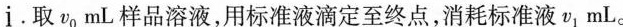
i。取v0mL样品溶液，用标准液滴定至终点，消耗标准液v1mL。